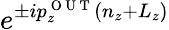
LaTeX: e^{\pm ip_{z}^{\mathrm{~O~U~T~}}(n_{z}+L_{z})}